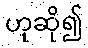
ဟုဆို၍